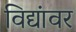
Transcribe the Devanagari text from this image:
विद्यांवर